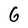
Character: 6